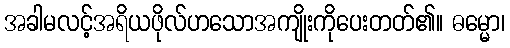
အခါမလင့်အရိယဖိုလ်ဟသောအကျိုးကိုပေးတတ်၏။ ဓမ္မော၊